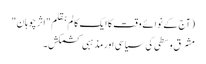
(آج کے نوائے وقت کا ایک کالم بقلم "اثرچوہان"
مشرق وسطی کی سیاسی اور مذہبی کشمکش۔